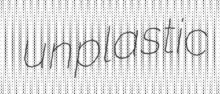
unplastic